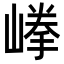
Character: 𡺹